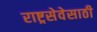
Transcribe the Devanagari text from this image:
राष्ट्रसेवेसाठी